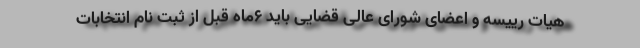
هیات رییسه و اعضای شورای عالی قضایی باید ۶ماه قبل از ثبت نام انتخابات